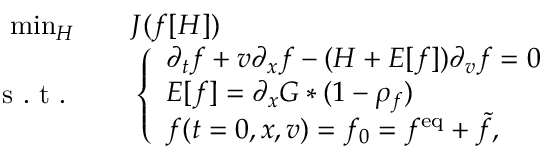
\begin{array} { r l } { \operatorname* { m i n } _ { H } \quad } & { { } J ( f [ H ] ) } \\ { \mathrm { ~ s ~ . ~ t ~ . ~ } \quad } & { { } \left\{ \begin{array} { l l } { \partial _ { t } f + v \partial _ { x } f - ( H + E [ f ] ) \partial _ { v } f = 0 } \\ { E [ f ] = \partial _ { x } G \ast ( 1 - \rho _ { f } ) } \\ { f ( t = 0 , x , v ) = f _ { 0 } = f ^ { \mathrm { e q } } + \tilde { f } , } \end{array} \right. } \end{array}